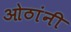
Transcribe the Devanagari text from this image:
ओठांनी